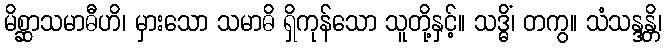
မိစ္ဆာသမာဓီဟိ၊ မှားသော သမာဓိ ရှိကုန်သော သူတို့နှင့်။ သဒ္ဓိံ၊ တကွ။ သံသန္ဒန္တိ၊